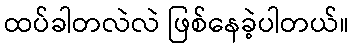
ထပ်ခါတလဲလဲ ဖြစ်နေခဲ့ပါတယ်။